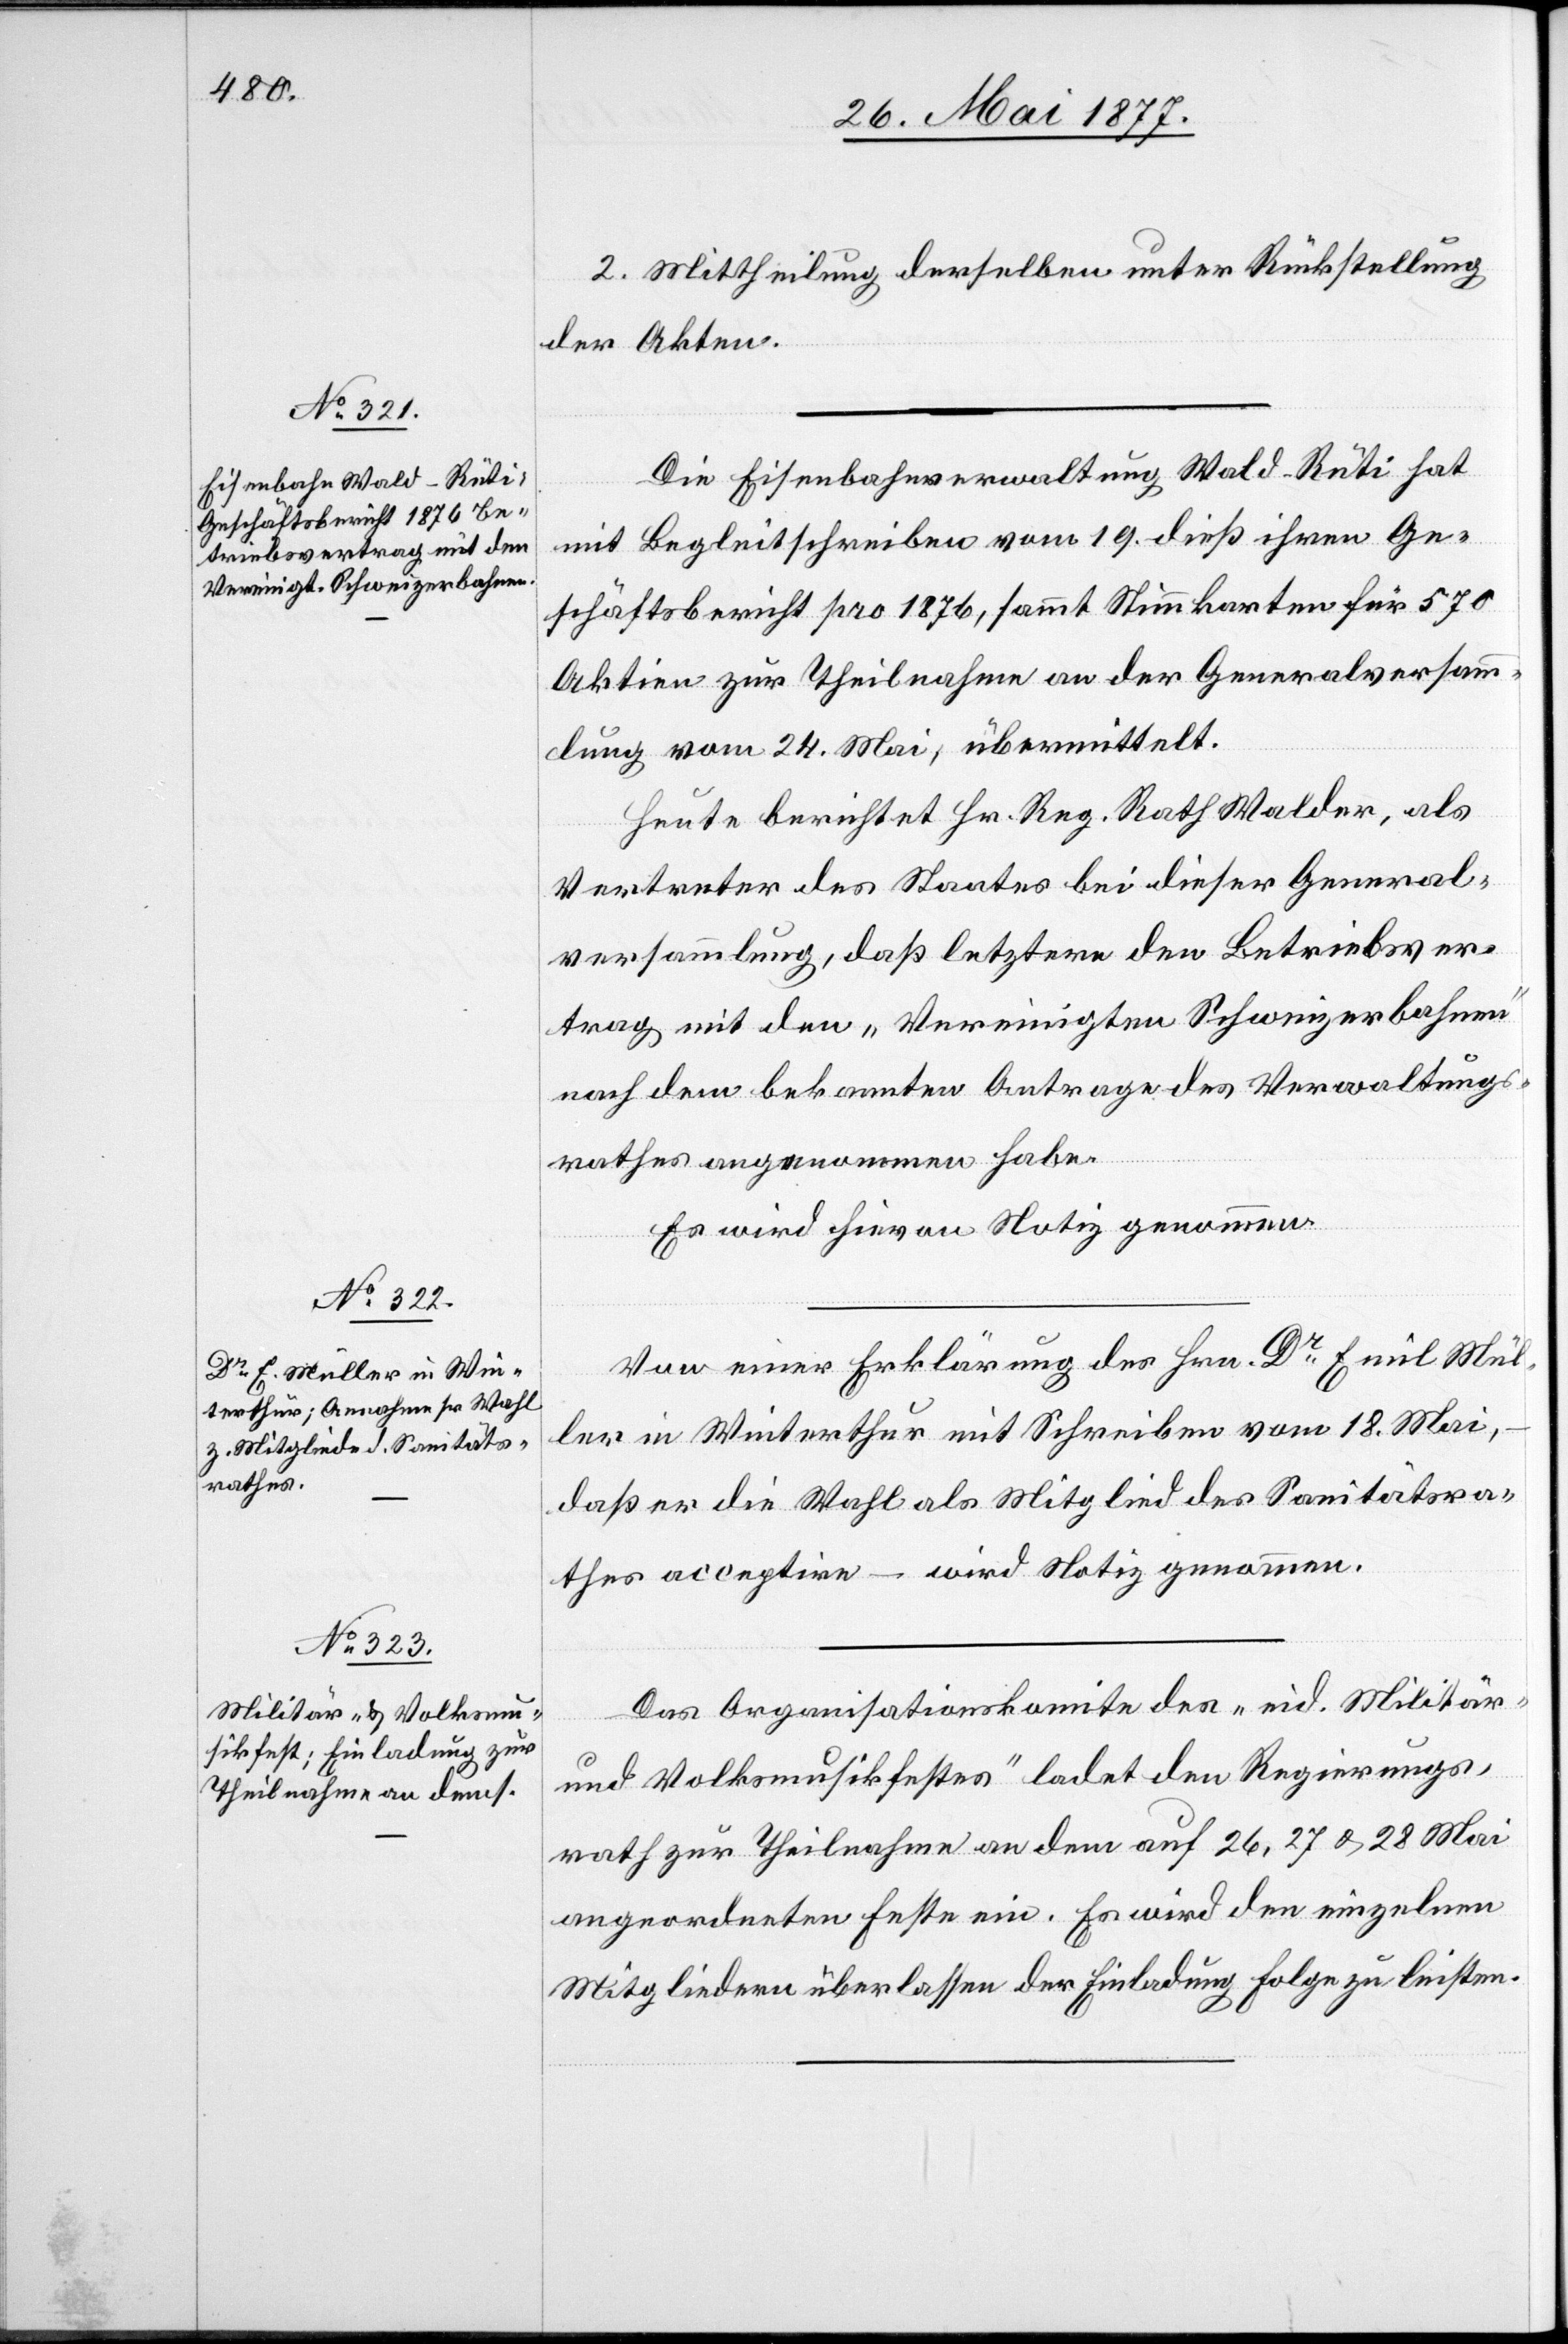
2. Mittheilung derselben unter Rückstellung
der Akten.
Die Eisenbahnverwaltung Wald–Rüti hat
mit Begleitschreiben vom 19. dieß ihren Ge¬
schäftsbericht pro 1876, sammt Stimmkarten für 570
Aktiven zur Theilnahme an der Generalversamm¬
lung vom 24. Mai, übermittelt.
Heute berichtet Hr. Reg. Rath Walder, als
Vertreter des Staates bei dieser General¬
versammlung, daß letztere den Betriebsver¬
trag mit den „Vereinigten Schweizerbahnen“
nach dem bekannten Antrage des Verwaltungs¬
rathes angenommen habe.
Er wird hievon Notiz genommen.
Von einer Erklärung des Hrn. Dr Emil Mül¬
ler in Winterthur mit Schreiben vom 18. Mai,
daß er die Wahl als Mitglied des Sanitätsra¬
thes acceptire – wird Notiz genommen.
Das Organisationskomite des „eid. Militär-
und Volksmusikfestes“ ladet den Regierungs¬
rath zur Theilnahme an dem auf 26., 27. & 28. Mai
angeordneten Feste ein. Es wird den einzelnen
Mitgliedern überlassen der Einladung Folge zu leisten.